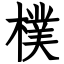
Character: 樸